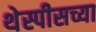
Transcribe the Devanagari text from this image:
थेस्पीसच्या